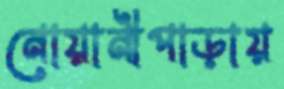
নোয়ানীপাড়ায়